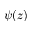
\psi ( z )